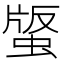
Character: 𧌿